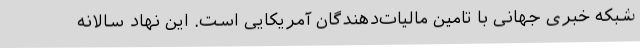
شبکه خبری جهانی با تامین مالیات‌دهندگان آمریکایی است. این نهاد سالانه